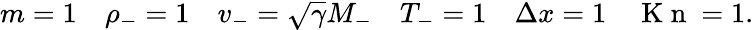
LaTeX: m=1\quad\rho_{-}=1\quad v_{-}=\sqrt{\gamma}M_{-}\quad T_{-}=1\quad\Delta x=1\quad\mathrm{~K~n~}=1.